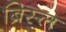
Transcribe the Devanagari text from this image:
ब्रिस्ल